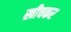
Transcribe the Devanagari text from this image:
खीचकर